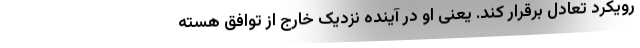
رویکرد تعادل برقرار کند. یعنی او در آینده نزدیک خارج از توافق هسته